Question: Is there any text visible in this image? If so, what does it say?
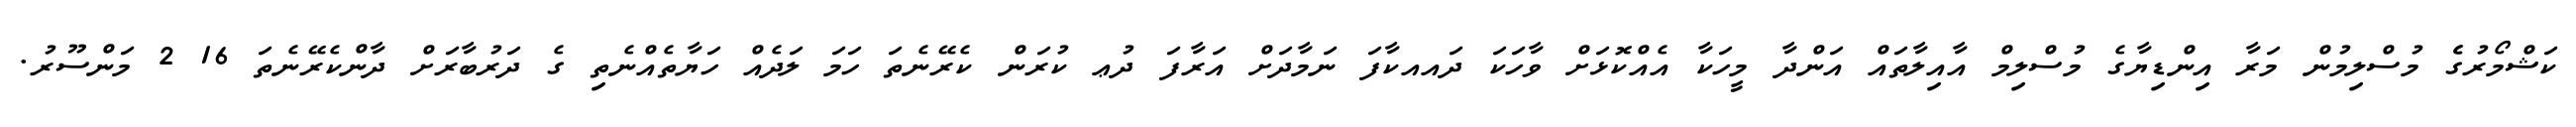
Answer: ކަޝްމޯރުގެެ މުސްލިމުން މަރާ އިންޑިޔާގެ މުސްލިމް އާއިލާތައް އަންދާ މީހަކާ އެއްކޮޅަށް ވާހަކަ ދައއކާފަ ނަމާދަށް އަރާފަ ދުޢ ކުރަން ކެރޭނެތަ ހަމަ ލަދެއް ހަޔާތެއްނެތި ގެ ދަރުބާރަށް ދާންކެރޭނެތަ 16 2 މަންސޫރު.